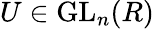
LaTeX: U\in\operatorname{GL}_{n}(R)